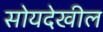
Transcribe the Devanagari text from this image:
सोयदेखील